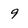
Character: 9